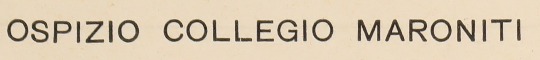
OSPIZIO COLLEGIO MARONITI